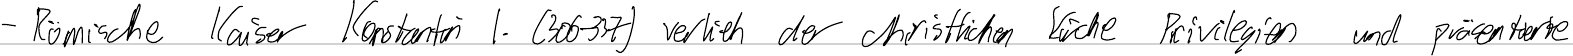
- Römische Kaiser Konstantin I. (306-337) verlieh der christlichen Kirche Privilegien und präsentierte